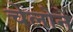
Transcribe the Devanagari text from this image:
चेलोने